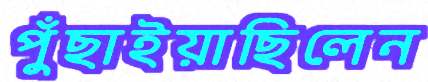
পুঁছাইয়াছিলেন